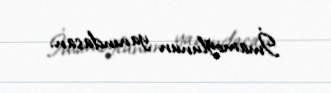
İmamoğlunun yanındasan.